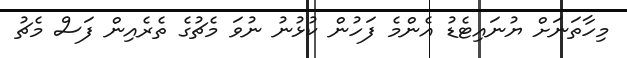
މިހާތަނަށް ޔުނައިޓެޑު އެންމެ ފަހުން ކުޅުނު ނުވަ މެޗުގެ ތެރެއިން ފަސް މެޗު